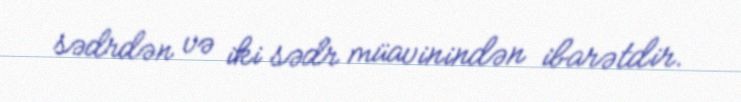
sədrdən və iki sədr müavinindən ibarətdir.